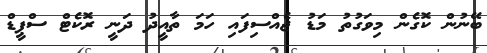
ބޭނުން ކޮގެން މިވަގުތު މަޑު ޖެއްސިފައި ހަމަ ތާއީދު ދަނީ ރޮކެޓް ސްޕީޑް